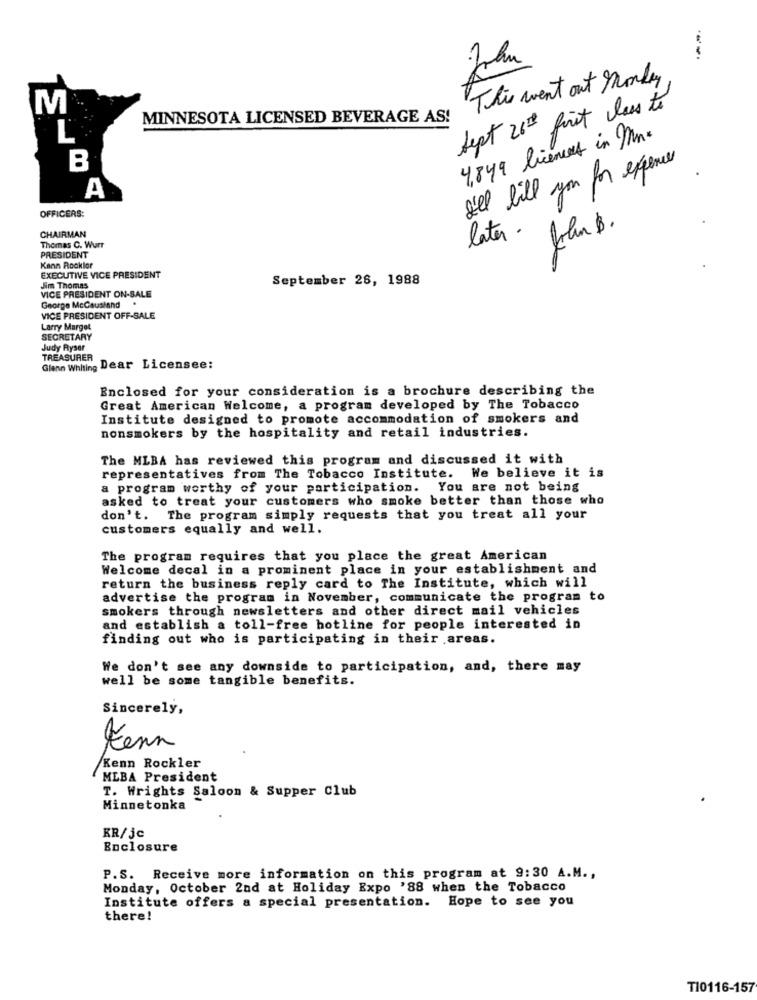
---.
This went out Monday,
M
Sept 26 th first class to
MINNESOTA LICENSED BEVERAGE AS!
L
4,849 licences in Mr.
B
I'l bill you for expence
A
OFFICERS:
CHAIRMAN
later .
Thomas C. Wurr
PRESIDENT
Kann Rocklor
EXECUTIVE VICE PRESIDENT
September 28, 1988
VICE PRESIDENT ON-SALE
Jim Thomas
George McCaustand
VICE PRESIDENT OFF-SALE
Larry Margot
SECRETARY
Judy Ryser
TREASURER
Glenn Whhing Dear Licensee:
Enclosed for your consideration is a brochure describing the
Great American Welcome, a program developed by The Tobacco
Institute designed to promote accommodation of smokers and
nonsmokers by the hospitality and retail industries.
The MLBA has reviewed this program and discussed it with
representatives from The Tobacco Institute. We believe it is
a program worthy of your participation. You are not being
asked to treat your customers who smoke better than those who
don't. The program simply requests that you treat all your
customers equally and well.
The program requires that you place the great American
Welcome decal in a prominent place in your establishment and
return the business reply card to The Institute, which will
advertise the program in November, communicate the program to
smokers through newsletters and other direct mail vehicles
and establish a toll-free hotline for people interested in
finding out who is participating in their areas.
We don't see any downside to participation, and, there may
well be some tangible benefits.
Sincerely,
Kenn
/Kenn Rockler
MEBA President
T. Wrights Saloon & Supper Club
Minnetonka
KR/jc
Enclosure
P.S. Receive more information on this program at 9:30 A.M .,
Monday, October 2nd at Holiday Expo '88 when the Tobacco
Institute offers a special presentation. Hope to see you
there!
T10116-157